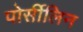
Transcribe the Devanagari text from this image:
पोर्सीलिन